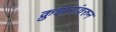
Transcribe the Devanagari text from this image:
क्रुझरांवरुन